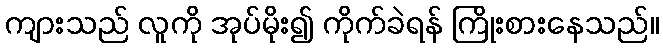
ကျားသည် လူကို အုပ်မိုး၍ ကိုက်ခဲရန် ကြိုးစားနေသည်။